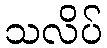
သလိပ်